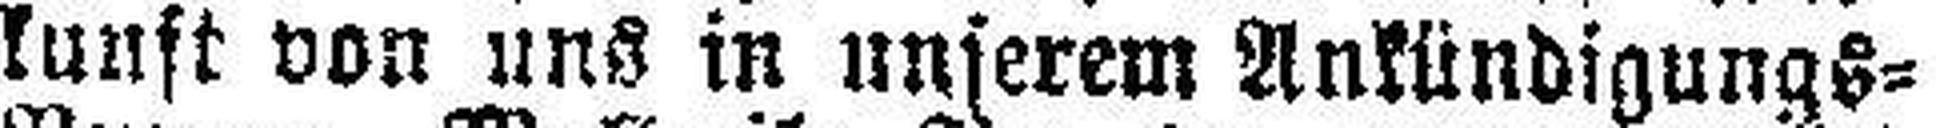
kunft von uns in unserem Ankündigungs=